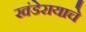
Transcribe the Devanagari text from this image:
खंडेरायाचे